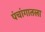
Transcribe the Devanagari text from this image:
पंचांगातला